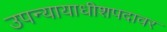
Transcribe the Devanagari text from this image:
उपन्यायाधीशपदावर